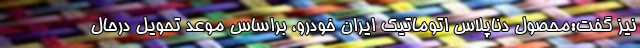
نیز گفت:محصول دناپلاس اتوماتیک ایران خودرو،‌ براساس موعد تحویل درحال